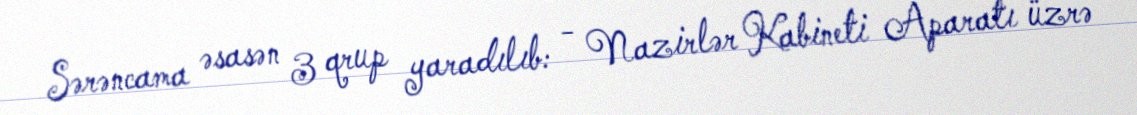
Sərəncama əsasən 3 qrup yaradılıb: - Nazirlər Kabineti Aparatı üzrə